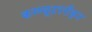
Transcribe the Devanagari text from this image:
कम्प्यूटररीकृत